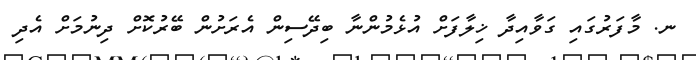
ނ. މާފަރުގައި ގަވާއިދާ ޚިލާފަށް އުޅެމުންނާ ބިދޭސިން އެރަށުން ބޭރުކޮށް ދިނުމަށް އެދި